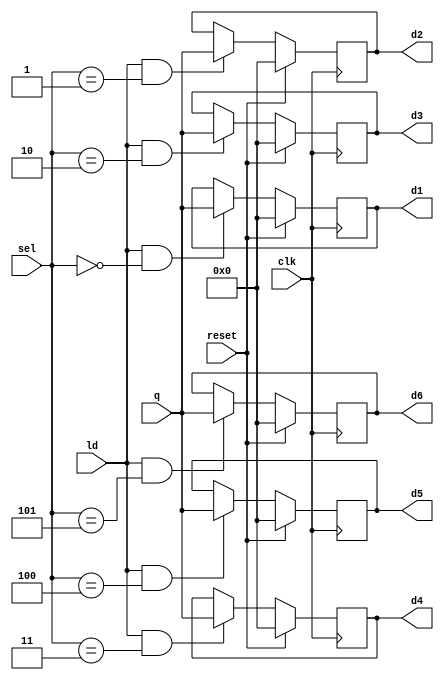
`timescale 1ns / 1ps
//////////////////////////////////////////////////////////////////////////////////
// Mississippi State University 
// ECE 4532-4542 Senior Design
// 
// Module Name:    regArraySize6 
// Project Name: 	 ITU G.729 Hardware Implementation
// Target Devices: Virtex 5
// Tool versions:  Xilinx 9.2i
// Description: 	This is a function to instantiate 6 16bit registers. The output will be the value
//						in the register specified by the select line.
// Dependencies: 	 N/A
//
// Revision: 
// Revision 0.01 - File Created
// Additional Comments: 
//
//////////////////////////////////////////////////////////////////////////////////

module regArraySize6(clk,reset,q,d1,d2,d3,d4,d5,d6,ld,sel);

//Inputs
input clk,reset,ld;
input [3:0] sel;
input [15:0] q;

//Output
output reg [15:0] d1,d2,d3,d4,d5,d6;

always @(posedge clk)
begin
	if(reset)
		d1 <= 0;
	else if(ld && (sel == 0))
		d1 <=q;
end

always @(posedge clk)
begin
	if(reset)
		d2 <= 0;
	else if(ld && (sel == 1))
		d2 <=q;
end

always @(posedge clk)
begin
	if(reset)
		d3 <= 0;
	else if(ld && (sel == 2))
		d3 <=q;
end

always @(posedge clk)
begin
	if(reset)
		d4 <= 0;
	else if(ld && (sel == 3))
		d4 <=q;
end

always @(posedge clk)
begin
	if(reset)
		d5 <= 0;
	else if(ld && (sel == 4))
		d5 <=q;
end

always @(posedge clk)
begin
	if(reset)
		d6 <= 0;
	else if(ld && (sel == 5))
		d6 <=q;
end

endmodule